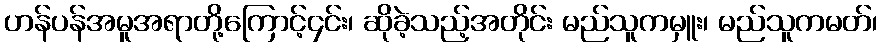
ဟန်ပန်အမူအရာတို့ကြောင့်၄င်း၊ ဆိုခဲ့သည့်အတိုင်း မည်သူကမှူး၊ မည်သူကမတ်၊